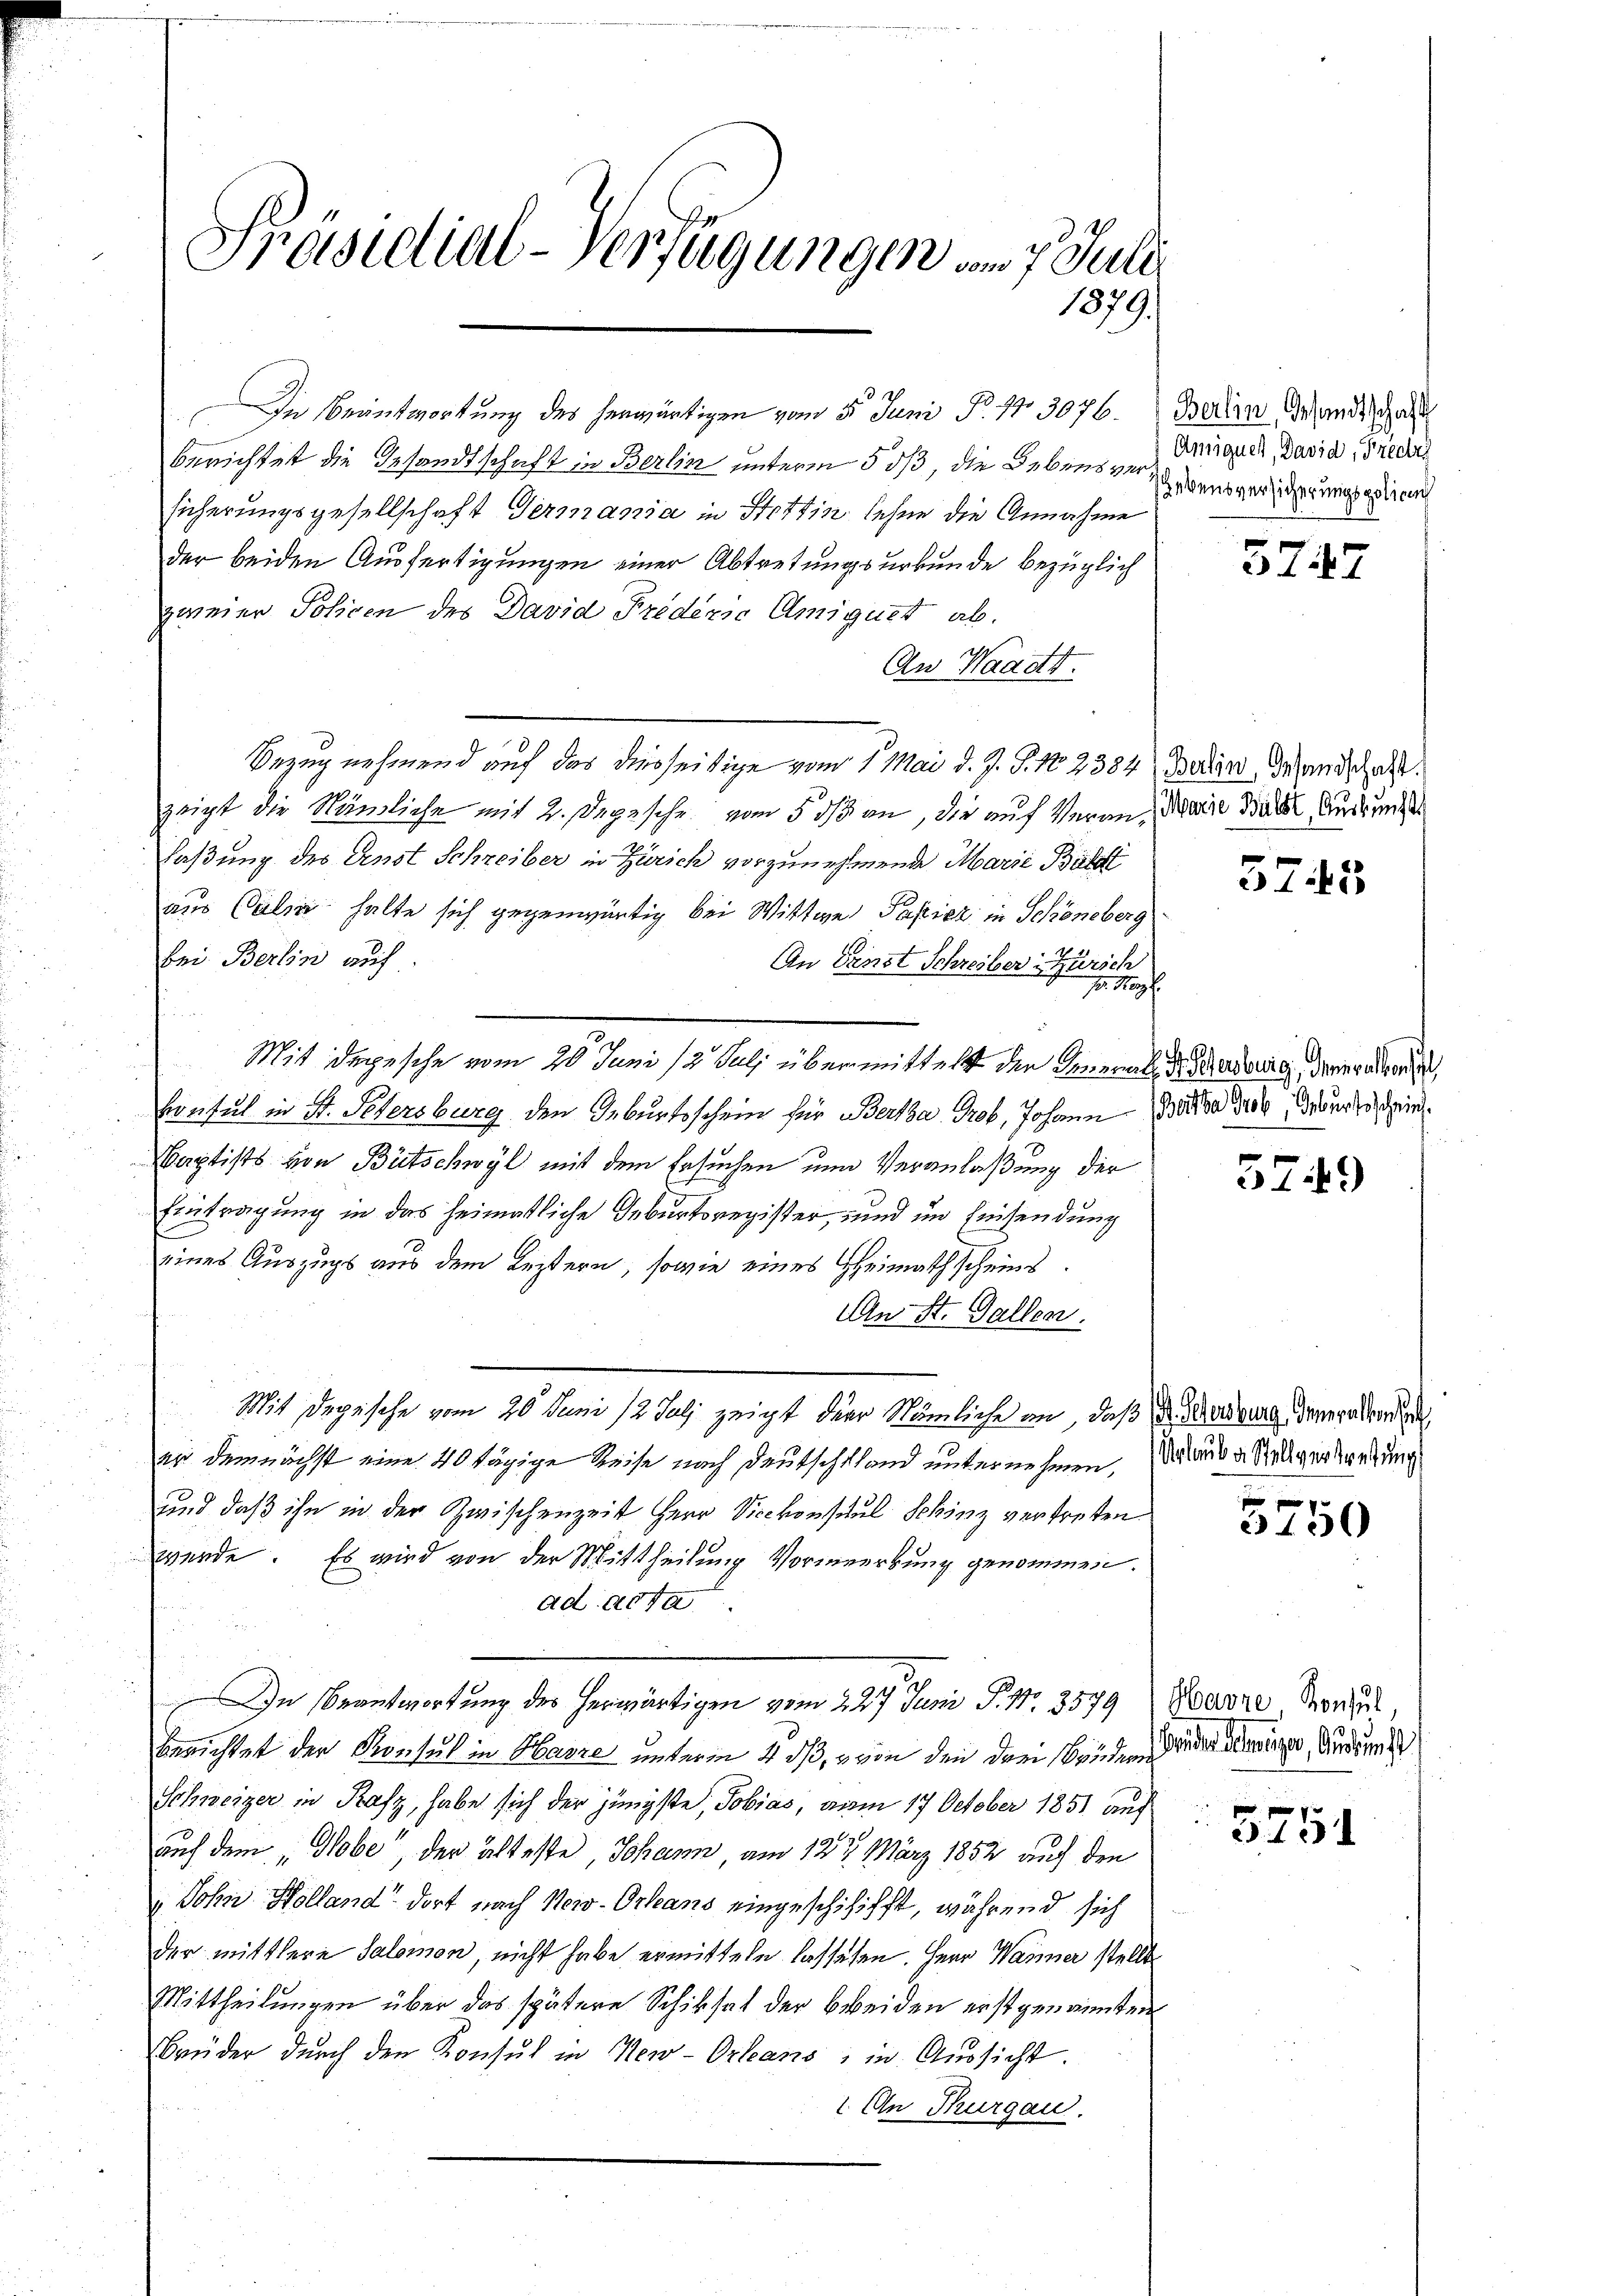
Präsidial-Verfügungen am 7. Juli
1879.

Die Beantwortung des herwärtigen vom 5. Juni P. 17. 3076.
berichtet die Gesandtschaft in Berlin unterm 5 0/3, die Lebensversicherungsgesellschaft Germania in Stettin sehen die Annahme
der beiden Ausfertigungen einer Abtretungsurkunde bezüglich
zweier Policen des David Friders Amiguet ab.
An Waadt.
Bezug nehmend auf das diesseitige vom 1. Mai d. J. J. No. 2384
zeigt die Nämliche mit 2. Depesche vom 5. ds an, die auf Veran¬
Faßung des Anst Schreiber in Zürich vorzunehmende Marie Bäll
aus Calie halte sich gegenwärtig bei Wittwe Papier in Schönberg
bei Berlin auf
An Fenst Schreiber Zürich
J. Herz
Mit Depesche vom 20. Juni /2 Juli übermittelst der General
Consul in St. Petersburg den Geburtsschein für Bertha Grob, Johann
Baptists von Bütschwyl mit dem Ersuchen und Veranlaßung der
Eintragung in das heimatliche Geburtsregister, und im Einsendung
eines Auszugs aus dem Leztern, sowie eines Heimathscheins¬
An St. Gallen.
Mit Depesche vom 20. Juni 12 Juli zeigt der Nämliche an, daß
er demnächst eine 40 tägige Reise nach Deutschland unternehmen,
und daß ihn in der Zwischenzeit Herr Vicekonschul Schinz vertreten
werde. Es wird von der Mittheilung Vormerkung genommen.
ad acta
In Beantwortung des herwärtigen vom 227. Juni, P. Nr. 3579
berichtet der Konsul in Harze unterm 4 dß, von den drei beiden dieser die Andern
Schweizer in Rafz, habe sich der jüngste, Tobias, vom 17. October 1851 auf
auf dem „Hobe“, der älteste, Johann, am 12t März 1852 auf den
Sohn Holland dort nach New-Orleans eingeschichifft, während sich
der mittlere Salomon, nicht habe ermitteln lassesen. Herr Wanner stelle
Mittheilungen über das spätere Schiksal der Breiden erstgenannten
Brüder dŭrch den Konsul in New-Orleans, in Aŭssicht.
1. An Thurgau.

Berlin, Gesandtschaft
Amiquer, David, Predig
hebensversicherungspoliceich

3727

Berlin, Gesandschaft.
Marie Bäldt, Auskunft

3745

f
 B. Petersburg, deneralkonsul
Bertha Grob, Geburtsschein.

5749

. Petersburg, Generallen
Urlaub a. Stellvertretung

5750

Havre, Konsul

5751